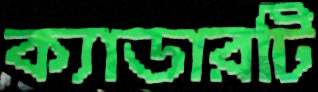
ক্যাডারটি